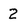
Character: 2